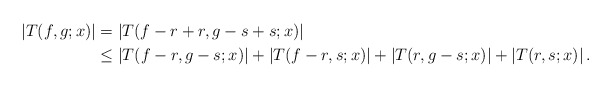
\begin{align*} \left|T(f,g;x)\right| &=\left|T(f-r+r,g-s+s;x)\right|\\ &\leq \left|T(f-r,g-s;x)\right|+\left|T(f-r,s;x)\right|+\left|T(r,g-s;x)\right|+\left|T(r,s;x)\right|.\end{align*}